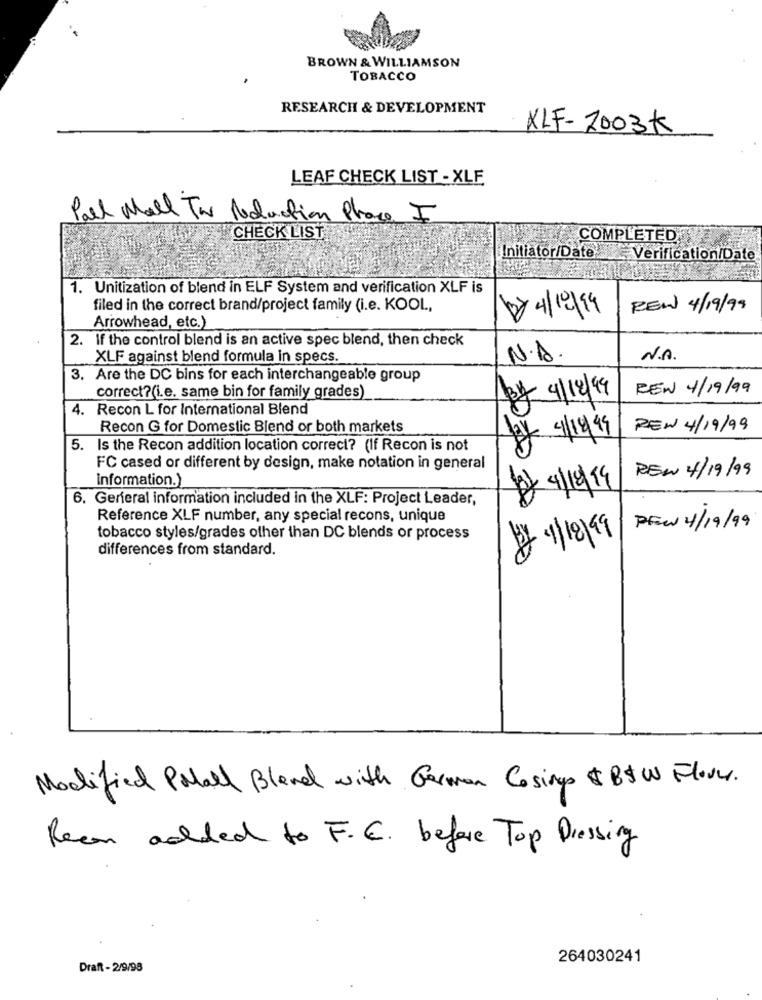
BROWN & WILLIAMSON
TOBACCO
RESEARCH & DEVELOPMENT
XLF- 2003K
LEAF CHECK LIST - XLE
Pall Mall Tw Reduction Place I
CHECK LIST
COMPLETED,
Initiator/Date
Verification/Date
1. Unitization of blend in ELF System and verification XLF is
filed in the correct brand/project family (i.e. KOOL,
REW 4/19/99
Arrowhead, etc.)
2. If the control blend is an active spec blend, then check
XLF against blend formula in specs.
N.A.
N.A.
3. Are the DC bins for each interchangeable group
REW 4/19/99
correct?(i.e. same bin for family grades)
3/ 4/12/9
4. Recon L for International Blend
Recon G for Domestic Blend or both markets
PEN 4/19/99
4/199
5. Is the Recon addition location correct? (If Recon is not
FC cased or different by design, make notation in general
REN 4/19/99
Information.)
6. General information included in the XLF: Project Leader,
Reference XLF number, any special recons, unique
PFw 4/19/99
tobacco styles/grades other than DC blends or process
differences from standard.
300
Modified Poall Bland with German Cosings &B&W Flory.
Rean added to F.C. before Top Dressing
264030241
Draft - 2/9/98